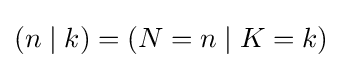
(n\mid k)=(N=n\mid K=k)